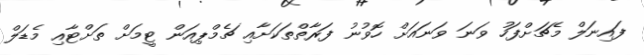
ފައިނަލް މެޗަށްފަހު ވަނަ ވަނައަށް ހޮވުނު ފަރާތްތަކަށާއި ޗެމްޕިއަން ޓީމަށް ތަށްޓާއި މެޑަލް